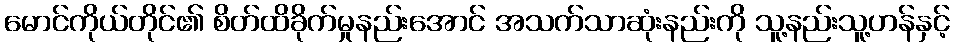
မောင်ကိုယ်တိုင်၏ စိတ်ထိခိုက်မှုနည်းအောင် အသက်သာဆုံးနည်းကို သူ့နည်းသူ့ဟန်နှင့်